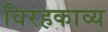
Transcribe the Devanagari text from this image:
विरहकाव्य